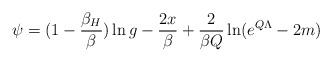
LaTeX: \begin{align*}\psi=(1-{\beta_H \over \beta}) \ln g -{2x \over \beta} +{2 \over \beta Q}\ln (e^{Q \Lambda}-2m)\end{align*}